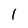
Character: l